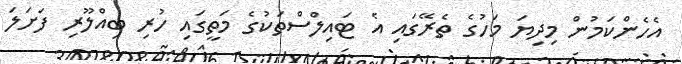
އެހެންކަމުން މިދިޔަ މަހުގެ ތެރޭގައި އެ ޓައިލްސްތަކުގެ މަތީގައި ހުރި ބިއްލޫރި ފަށަލަ